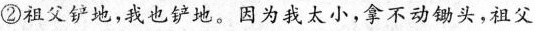
②祖父铲地，我也铲地。因为我太小，拿不动锄头，祖父